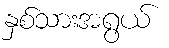
နှစ်သားအရွယ်